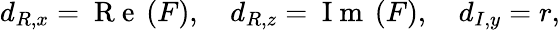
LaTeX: d_{R,x}=\mathrm{~R~e~}\left(F\right),\quad d_{R,z}=\mathrm{~I~m~}\left(F\right),\quad d_{I,y}=r,